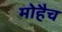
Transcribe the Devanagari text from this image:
मोहैच